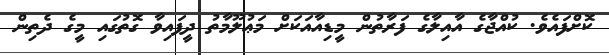
ކޮށްފައެވެ. ކުއްޖާގެ އާއިލާގެ ފަރާތުން މީޑިއާއަކަށް މަޢުލޫމާތު ދީފައިވާ ގޮތުގައި މީގެ ދެތިން